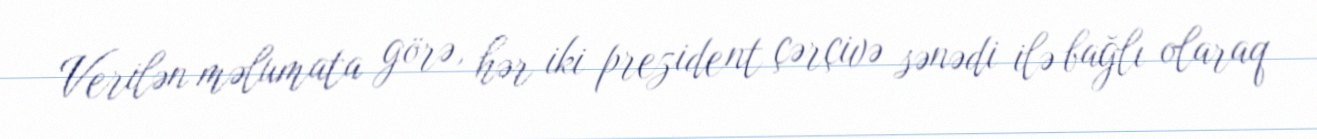
Verilən məlumata görə, hər iki prezident çərçivə sənədi ilə bağlı olaraq